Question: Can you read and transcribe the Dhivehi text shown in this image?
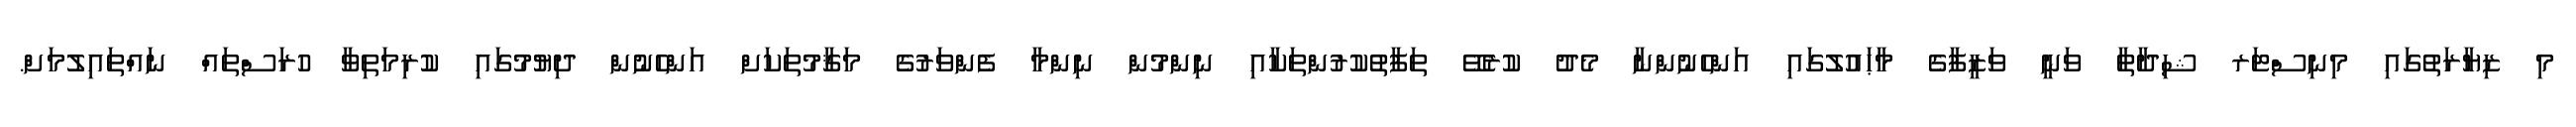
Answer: މި ޒިޔާރަތުގައި މިނިސްޓަރ ޝިދާތާ ވަނީ ވަޒީފާގެ މާޙައުލުގައި އަންހެނުންނާ މެދު ކުރެވޭ ތަފާތުކުރުންތަކާއި ނިންމުން ނިންމާ ފެންވަރުގެ މަޤާމުތަކަށް އަންހެނުން ދިޔުމުގައި ކުރިމަތިވާ ހުރަސްތައް ނައްތައިލުމަށް.